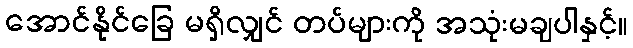
အောင်နိုင်ခြေ မရှိလျှင် တပ်များကို အသုံးမချပါနှင့်။